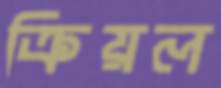
ক্রিয়ল